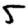
Digit: 5